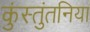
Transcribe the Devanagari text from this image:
कुंस्तुंतनिया